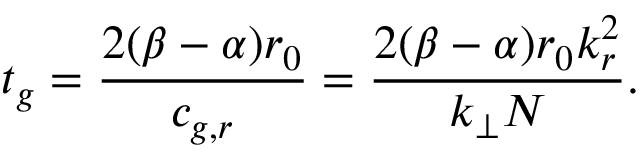
t _ { g } = \frac { 2 ( \beta - \alpha ) r _ { 0 } } { c _ { g , r } } = \frac { 2 ( \beta - \alpha ) r _ { 0 } k _ { r } ^ { 2 } } { k _ { \perp } N } .